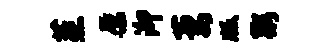
蒸原泖萋版粥